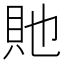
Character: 貤